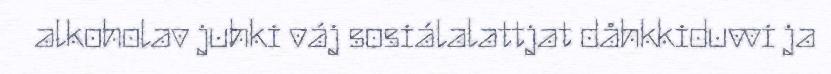
alkoholav juhki váj sosiálalattjat dåhkkiduvvi ja